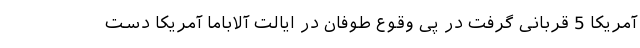
آمریکا 5 قربانی گرفت در پی وقوع طوفان در ایالت آلاباما آمریکا دست